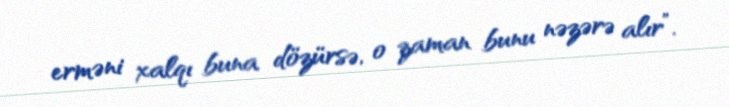
erməni xalqı buna dözürsə, o zaman bunu nəzərə alır”.